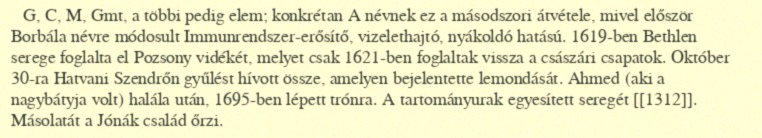
G, C, M, Gmt, a többi pedig elem; konkrétan A névnek ez a másodszori átvétele, mivel először Borbála névre módosult Immunrendszer-erősítő, vizelethajtó, nyákoldó hatású. 1619-ben Bethlen serege foglalta el Pozsony vidékét, melyet csak 1621-ben foglaltak vissza a császári csapatok. Október 30-ra Hatvani Szendrőn gyűlést hívott össze, amelyen bejelentette lemondását. Ahmed (aki a nagybátyja volt) halála után, 1695-ben lépett trónra. A tartományurak egyesített seregét [[1312]]. Másolatát a Jónák család őrzi.